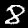
Label: 8